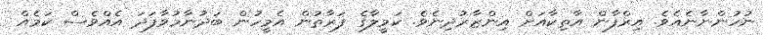
ނުހުންނާނެއެވެ. އިރްފާން އާތިކާއަށް އިންޒާރުދިނެވެ. ކަމީލާގެ ފަރާތުން އެމީހުން ބަދުނާމުވާފަދަ އެއްވެސް ކަމެއް